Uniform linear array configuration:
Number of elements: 48
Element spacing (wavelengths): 0.5
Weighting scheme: uniform
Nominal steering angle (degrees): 30
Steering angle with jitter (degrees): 30.166
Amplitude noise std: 0.05
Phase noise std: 0.05

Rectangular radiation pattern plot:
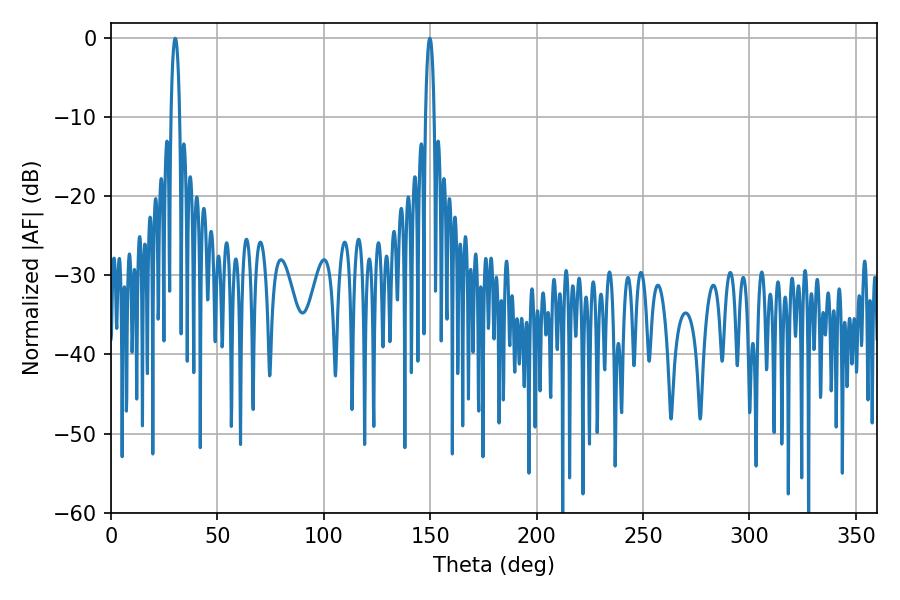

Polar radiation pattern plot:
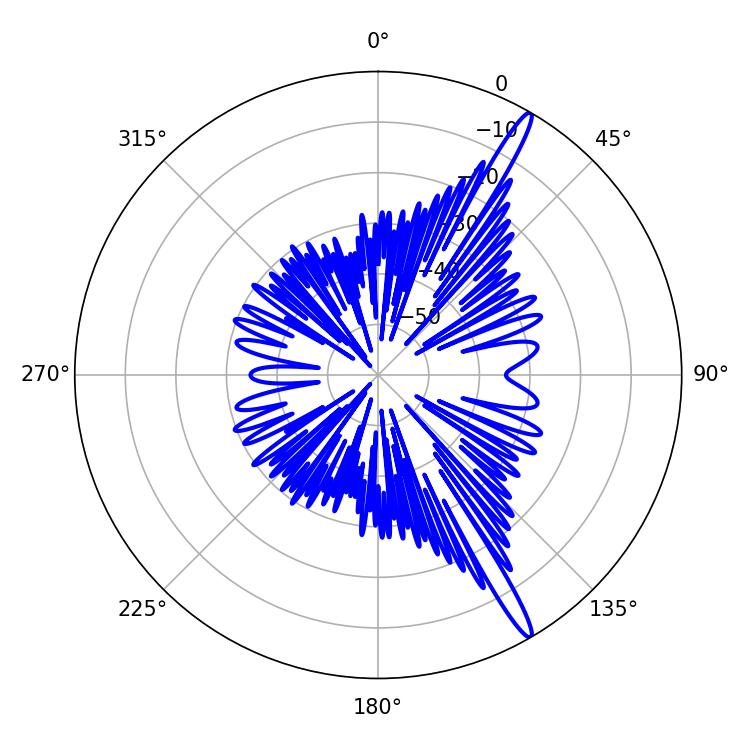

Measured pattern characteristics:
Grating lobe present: FALSE
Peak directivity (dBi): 16.138
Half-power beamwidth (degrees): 2.34
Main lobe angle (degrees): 30.24